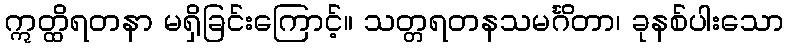
ဣတ္ထိရတနာ မရှိခြင်းကြောင့်။ သတ္တရတနသမင်္ဂိတာ၊ ခုနစ်ပါးသော